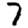
Digit: 7